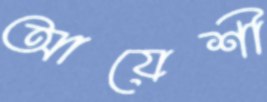
আয়েশী